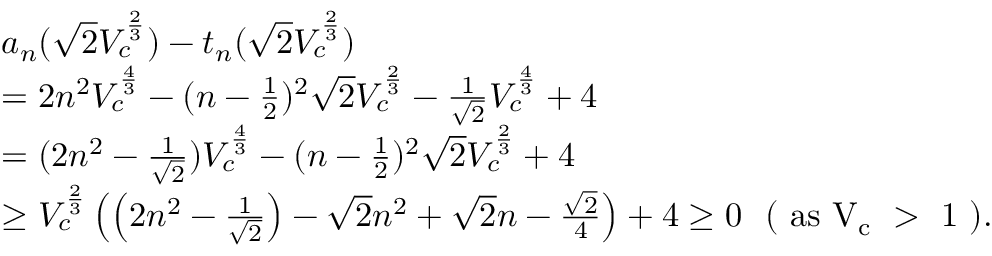
\begin{array} { r l } & { a _ { n } ( \sqrt { 2 } V _ { c } ^ { \frac { 2 } { 3 } } ) - t _ { n } ( \sqrt { 2 } V _ { c } ^ { \frac { 2 } { 3 } } ) } \\ & { = 2 n ^ { 2 } V _ { c } ^ { \frac { 4 } { 3 } } - ( n - \frac { 1 } { 2 } ) ^ { 2 } \sqrt { 2 } V _ { c } ^ { \frac { 2 } { 3 } } - \frac { 1 } { \sqrt 2 } V _ { c } ^ { \frac { 4 } { 3 } } + 4 } \\ & { = ( 2 n ^ { 2 } - \frac { 1 } { \sqrt { 2 } } ) V _ { c } ^ { \frac { 4 } { 3 } } - ( n - \frac { 1 } { 2 } ) ^ { 2 } \sqrt { 2 } V _ { c } ^ { \frac { 2 } { 3 } } + 4 } \\ & { \geq V _ { c } ^ { \frac { 2 } { 3 } } \left( \left( 2 n ^ { 2 } - \frac { 1 } { \sqrt 2 } \right) - \sqrt { 2 } n ^ { 2 } + \sqrt { 2 } n - \frac { \sqrt { 2 } } { 4 } \right) + 4 \geq 0 ~ ~ ( \mathrm { ~ a s ~ V _ c ~ > ~ 1 ~ } ) . } \end{array}